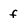
Character: f